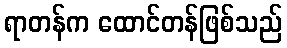
ရာတန်က ထောင်တန်ဖြစ်သည်